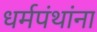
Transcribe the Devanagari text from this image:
धर्मपंथांना